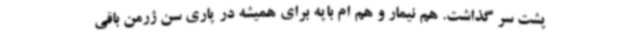
پشت سر گذاشت. هم نیمار و هم ام باپه برای همیشه در پاری سن ژرمن باقی